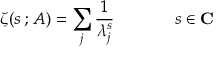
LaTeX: \zeta ( s \, ; \, A ) = \sum _ { j } \frac { 1 } { \lambda _ { j } ^ { s } } { \qquad } \; \; \; \; \; \; s \in { \bf C }